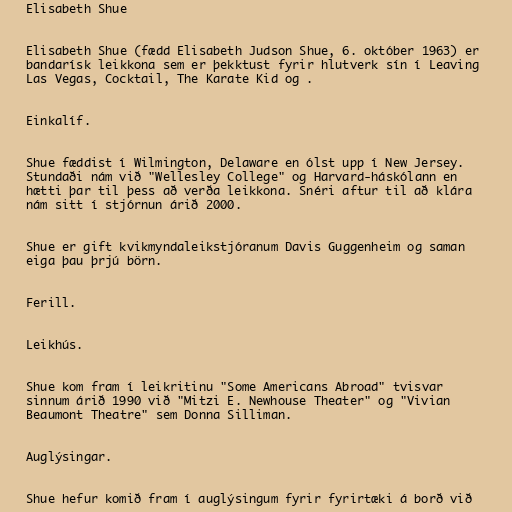
Elisabeth Shue

Elisabeth Shue (fædd Elisabeth Judson Shue, 6. október 1963) er
bandarísk leikkona sem er þekktust fyrir hlutverk sín í Leaving
Las Vegas, Cocktail, The Karate Kid og .

Einkalíf.

Shue fæddist í Wilmington, Delaware en ólst upp í New Jersey.
Stundaði nám við "Wellesley College" og Harvard-háskólann en
hætti þar til þess að verða leikkona. Snéri aftur til að klára
nám sitt í stjórnun árið 2000.

Shue er gift kvikmyndaleikstjóranum Davis Guggenheim og saman
eiga þau þrjú börn.

Ferill.

Leikhús.

Shue kom fram í leikritinu "Some Americans Abroad" tvisvar
sinnum árið 1990 við "Mitzi E. Newhouse Theater" og "Vivian
Beaumont Theatre" sem Donna Silliman.

Auglýsingar.

Shue hefur komið fram í auglýsingum fyrir fyrirtæki á borð við